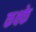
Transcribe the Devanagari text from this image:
कक्ष्के